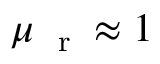
\mu _ { \mathrm { ~ \scriptsize ~ r ~ } } \approx 1